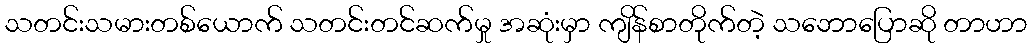
သတင်းသမားတစ်ယောက် သတင်းတင်ဆက်မှု အဆုံးမှာ ကျိန်စာတိုက်တဲ့ သဘောပြောဆို တာဟာ